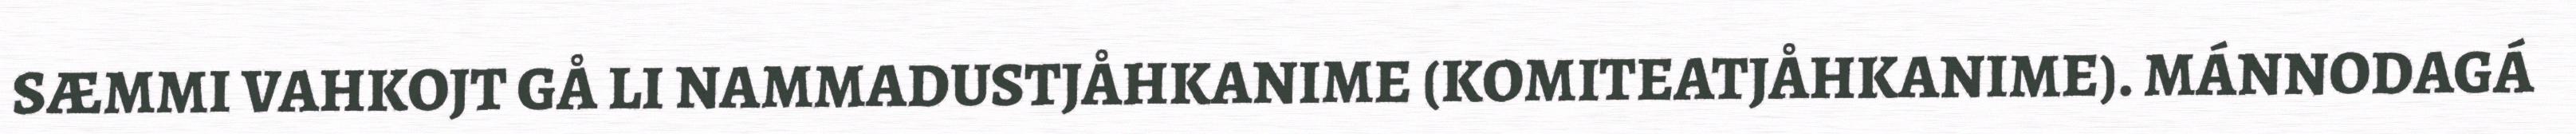
SÆMMI VAHKOJT GÅ LI NAMMADUSTJÅHKANIME (KOMITEATJÅHKANIME). MÁNNODAGÁ